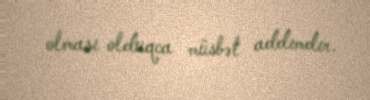
olması olduqca müsbət addımdır.